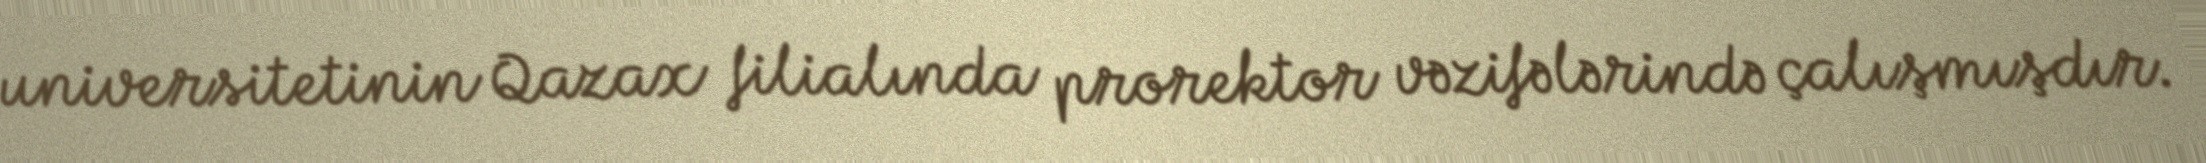
universitetinin Qazax filialında prorektor vəzifələrində çalışmışdır.